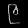
Digit: ၉